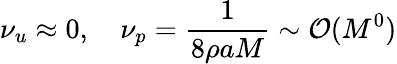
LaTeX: \nu_{u}\approx 0,\quad\nu_{p}=\frac{1}{8\rho aM}\sim\mathcal{O}(M^{0})